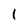
Character: 1